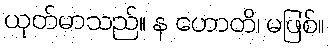
ယုတ်မာသည်။ န ဟောတိ၊ မဖြစ်။